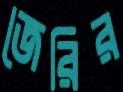
জেরির